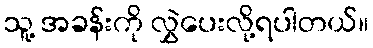
သူ့ အခန်းကို လွှဲပေးလို့ရပါတယ်။